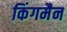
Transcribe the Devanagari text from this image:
किंगमैन